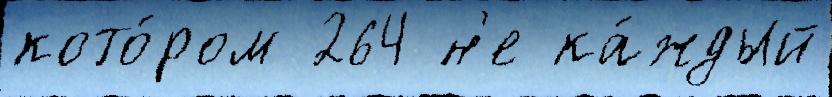
кото́ром 264 н'е ка́ждый